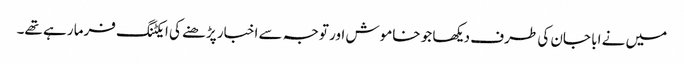
میں نے ابا جان کی طرف دیکھا جو خاموش اور توجہ سے اخبار پڑھنے کی ایکٹنگ فرما رہے تھے۔